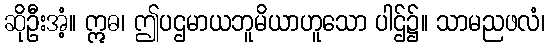
ဆိုဦးအံ့။ ဣဓ၊ ဤပဌမာယဘူမိယာဟူသော ပါဌ်၌။ သာမညဖလံ၊